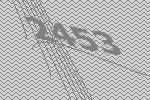
2453